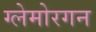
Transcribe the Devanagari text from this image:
ग्लेमोरगन